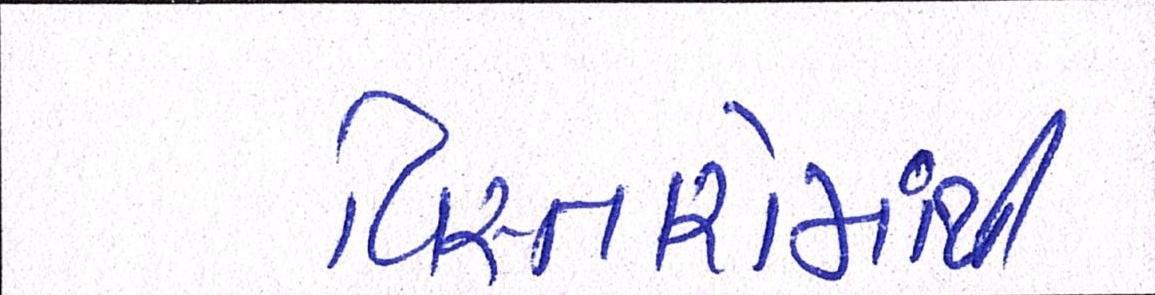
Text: વિસ્તારોમાંથી